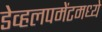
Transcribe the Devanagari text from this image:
डेव्हलपमेंटमध्ये